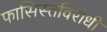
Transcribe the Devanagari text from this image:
फासिस्तविरोधी